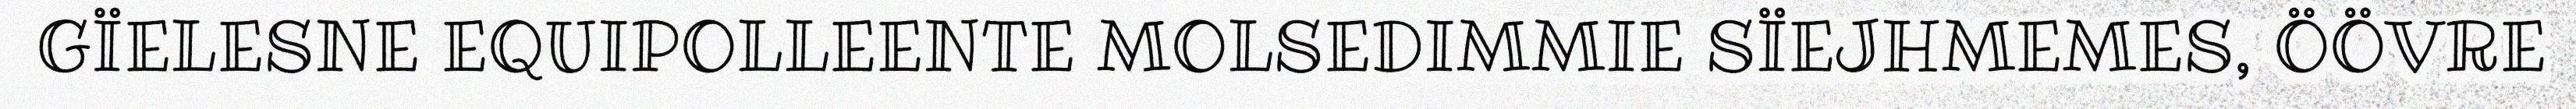
GÏELESNE EQUIPOLLEENTE MOLSEDIMMIE SÏEJHMEMES, ÖÖVRE